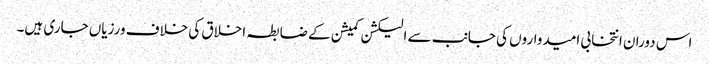
اس دوران انتخابی امیدواروں کی جانب سے الیکشن کمیشن کے ضابطہ اخلاق کی خلاف ورزیاں جاری ہیں۔